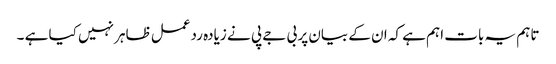
تاہم یہ بات اہم ہے کہ ان کے بیان پر بی جے پی نے زیادہ ردعمل ظاہر نہیں کیا ہے ۔